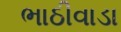
ભાઠીવાડા